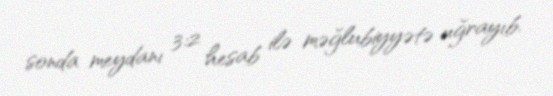
sonda meydanı 3:2 hesab ilə məğlubiyyətə uğrayıb.